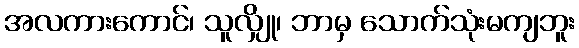
အလကားကောင်၊ သူလျှို၊ ဘာမှ သောက်သုံးမကျဘူး